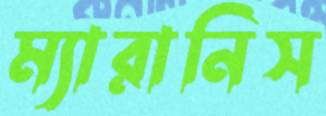
ম্যারানিস